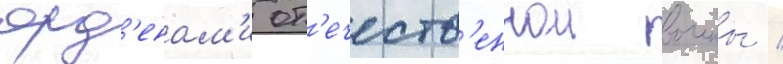
орд'енам'и от'ечеств'еннои воины /